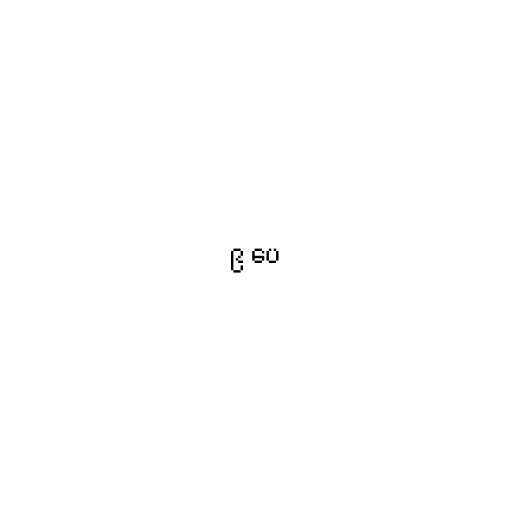
၉ ပေ